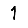
Digit: 1